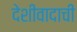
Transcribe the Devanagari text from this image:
देशीवादाची